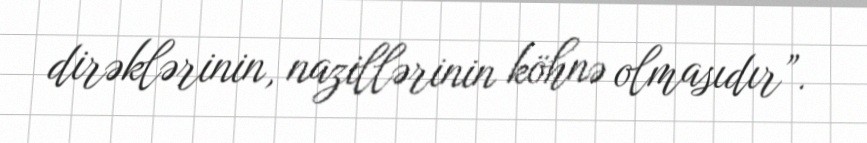
dirəklərinin, nazillərinin köhnə olmasıdır”.